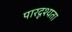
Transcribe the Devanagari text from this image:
पारदृश्यता